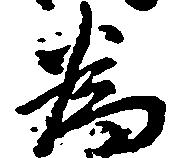
為